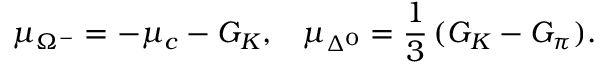
\mu _ { \Omega ^ { - } } = - \mu _ { c } - { \cal G } _ { K } , \, \, \, \, \, \mu _ { \Delta ^ { 0 } } = \frac 1 3 \, ( { \cal G } _ { K } - { \cal G } _ { \pi } ) .